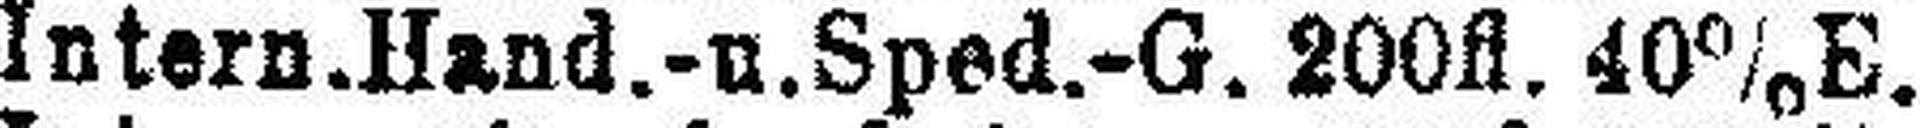
Intern.Hand.-u.Sped.-G. 200fl. 40% E.